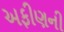
અફીણની